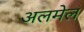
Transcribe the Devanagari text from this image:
अलमेल